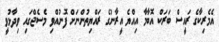
އެމެރިކާގެ ރައީސް ބަރަކް އޮބާމާ އިއްޔެ އީރާނުގެ ރައްޔިތުންނަށް ފޮނުއްވި މެސެޖްގައި ވިދާޅުވީ